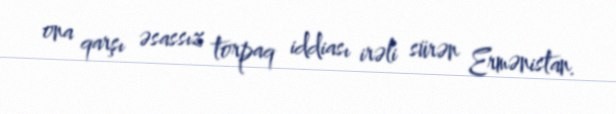
ona qarşı əsassız torpaq iddiası irəli sürən Ermənistan.